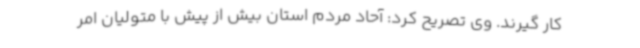
کار گیرند. وی تصریح کرد: آحاد مردم استان بیش از پیش با متولیان امر